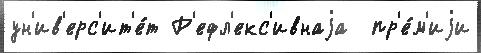
ун'ив'ерс'ит'е́т Р'ефл'екс'ивнаjа  пр'е́м'иjи